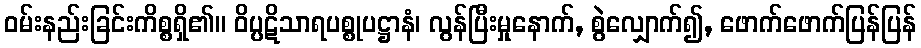
ဝမ်းနည်းခြင်းကိစ္စရှိ၏။ ဝိပ္ပဋိသာရပစ္စုပဋ္ဌာနံ၊ လွန်ပြီးမှုနောက်, စွဲလျှောက်၍, ဖောက်ဖောက်ပြန်ပြန်